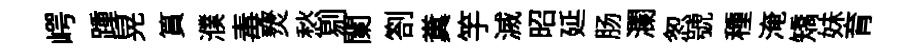
崿踵晃篔濮毒燹愁剔闌劄糞竽滅昭延肠瀾怱號種淹矯妹育